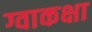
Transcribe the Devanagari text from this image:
ग्वाकक्षा